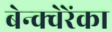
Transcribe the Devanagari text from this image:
बेन्क्वेरेंका